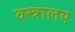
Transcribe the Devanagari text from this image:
वस्त्रालय